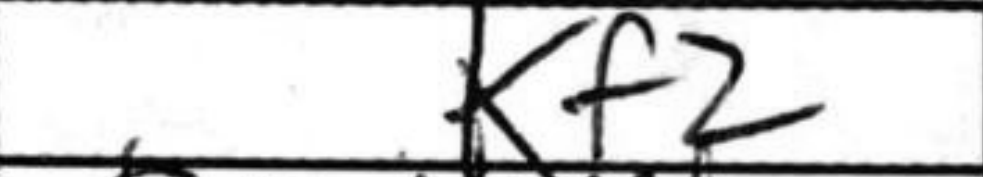
Transcription: Kf2